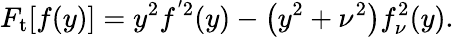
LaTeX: F_{\mathrm{t}}[f(y)]=y^{2}f^{^{\prime}2}(y)-\left(y^{2}+\nu^{2}\right)f_{\nu}^{2}(y).